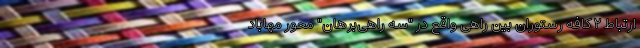
ارتباط ۲ کافه رستوران بین راهی واقع در "سه راهی‌برهان" محور مهاباد